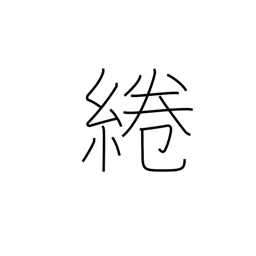
Meaning: attachment